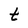
Character: t